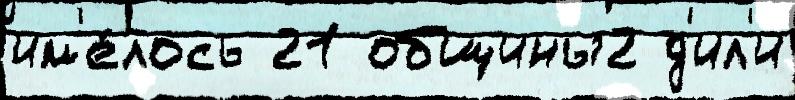
им'е́лось 21 общины2 д'ил'и